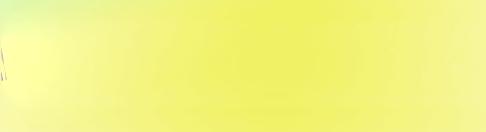
HELP WANTED